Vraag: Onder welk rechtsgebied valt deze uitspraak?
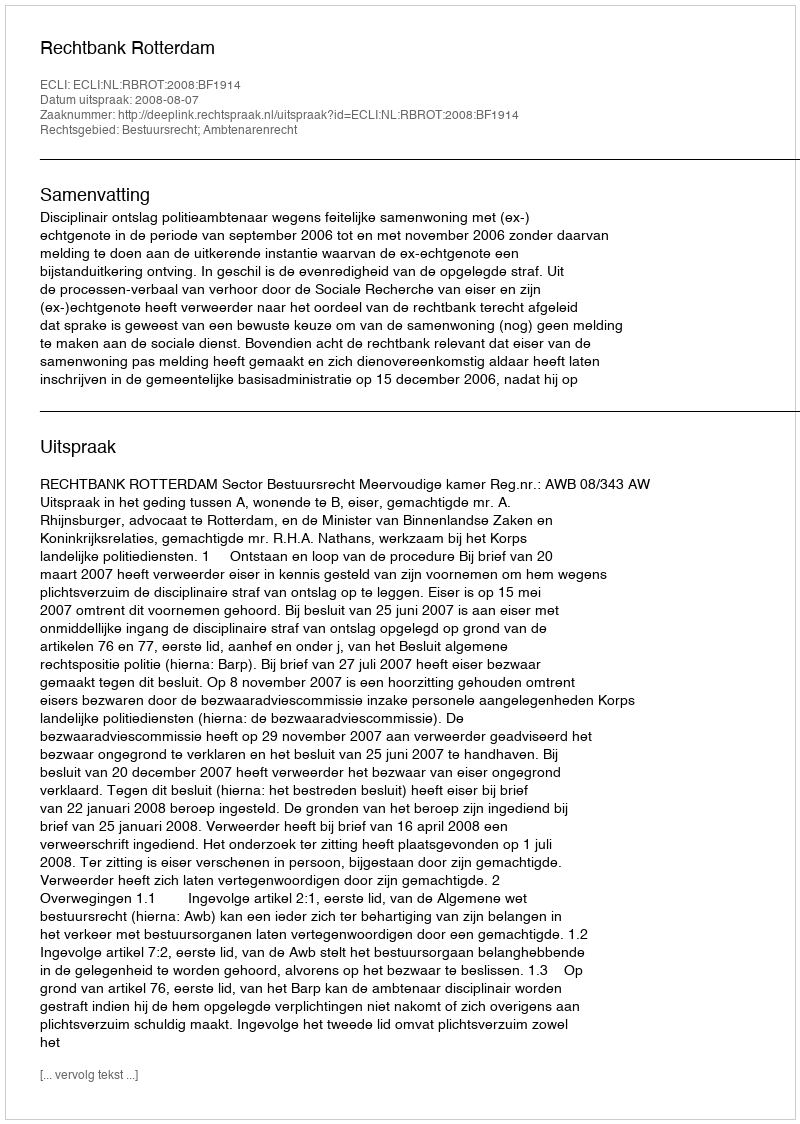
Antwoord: Bestuursrecht; Ambtenarenrecht